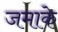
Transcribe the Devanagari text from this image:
जमाके